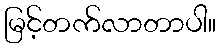
မြင့်တက်လာတာပါ။